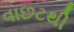
વાછટથી